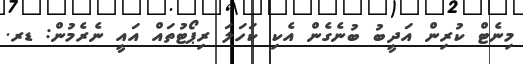
މިނެޓް ކުރިން އަދީބު ބުނެގެން އެކި ކަހަލަ ރިޕޯޓުތައް އައީ ނެރެމުން: ޑރ.